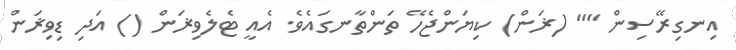
އިނގިރޭސިން "" (ޜަން) ކިޔަންޖެހޭ ތަންތާނގައެވެ. އެއީ ޓެލެވިޜަން () އަދި ޑިވިޜަން